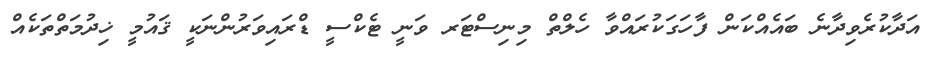
އަދާކުރެވިދާނެ ބައެއްކަން ފާހަގަކުރައްވާ ހެލްތް މިނިސްޓަރ ވަނީ ޓެކްސީ ޑްރައިވަރުންނަކީ ޤައުމީ ޚިދުމަތްތަކެއް